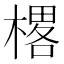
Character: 𰘜